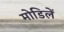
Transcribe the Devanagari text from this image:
मोडिलें